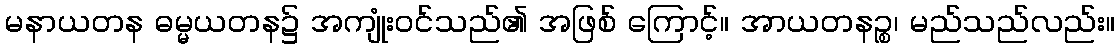
မနာယတန ဓမ္မယတန၌ အကျုံးဝင်သည်၏ အဖြစ် ကြောင့်။ အာယတနဉ္စ၊ မည်သည်လည်း။